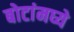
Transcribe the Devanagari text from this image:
बोटांमघ्ये